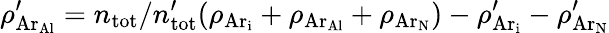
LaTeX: \rho_{\mathrm{Ar_{Al}}}^{\prime}=n_{\mathrm{tot}}/n_{\mathrm{tot}}^{\prime}(\rho_{\mathrm{Ar_{i}}}+\rho_{\mathrm{Ar_{Al}}}+\rho_{\mathrm{Ar_{N}}})-\rho_{\mathrm{Ar_{i}}}^{\prime}-\rho_{\mathrm{Ar_{N}}}^{\prime}